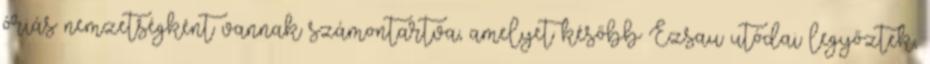
óriás nemzetségként vannak számontartva, amelyet később Ézsau utódai legyőztek,